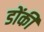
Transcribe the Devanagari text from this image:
डोंकी